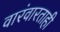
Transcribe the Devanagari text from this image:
वारंवारताही